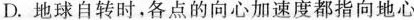
D. 地球自转时，各点的向心加速度都指向地心